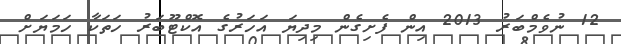
12 ނުވެމްބަރު 2013 އިން ފެށިގެން މިދިޔަ އަހަރުގެ އޮކްޓޫބަރު ހަތަކާ ހަމަޔަށް